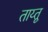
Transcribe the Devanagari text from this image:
ताय्तू